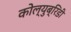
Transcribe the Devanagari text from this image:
कोल्युब्रिडी